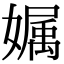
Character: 𡠟